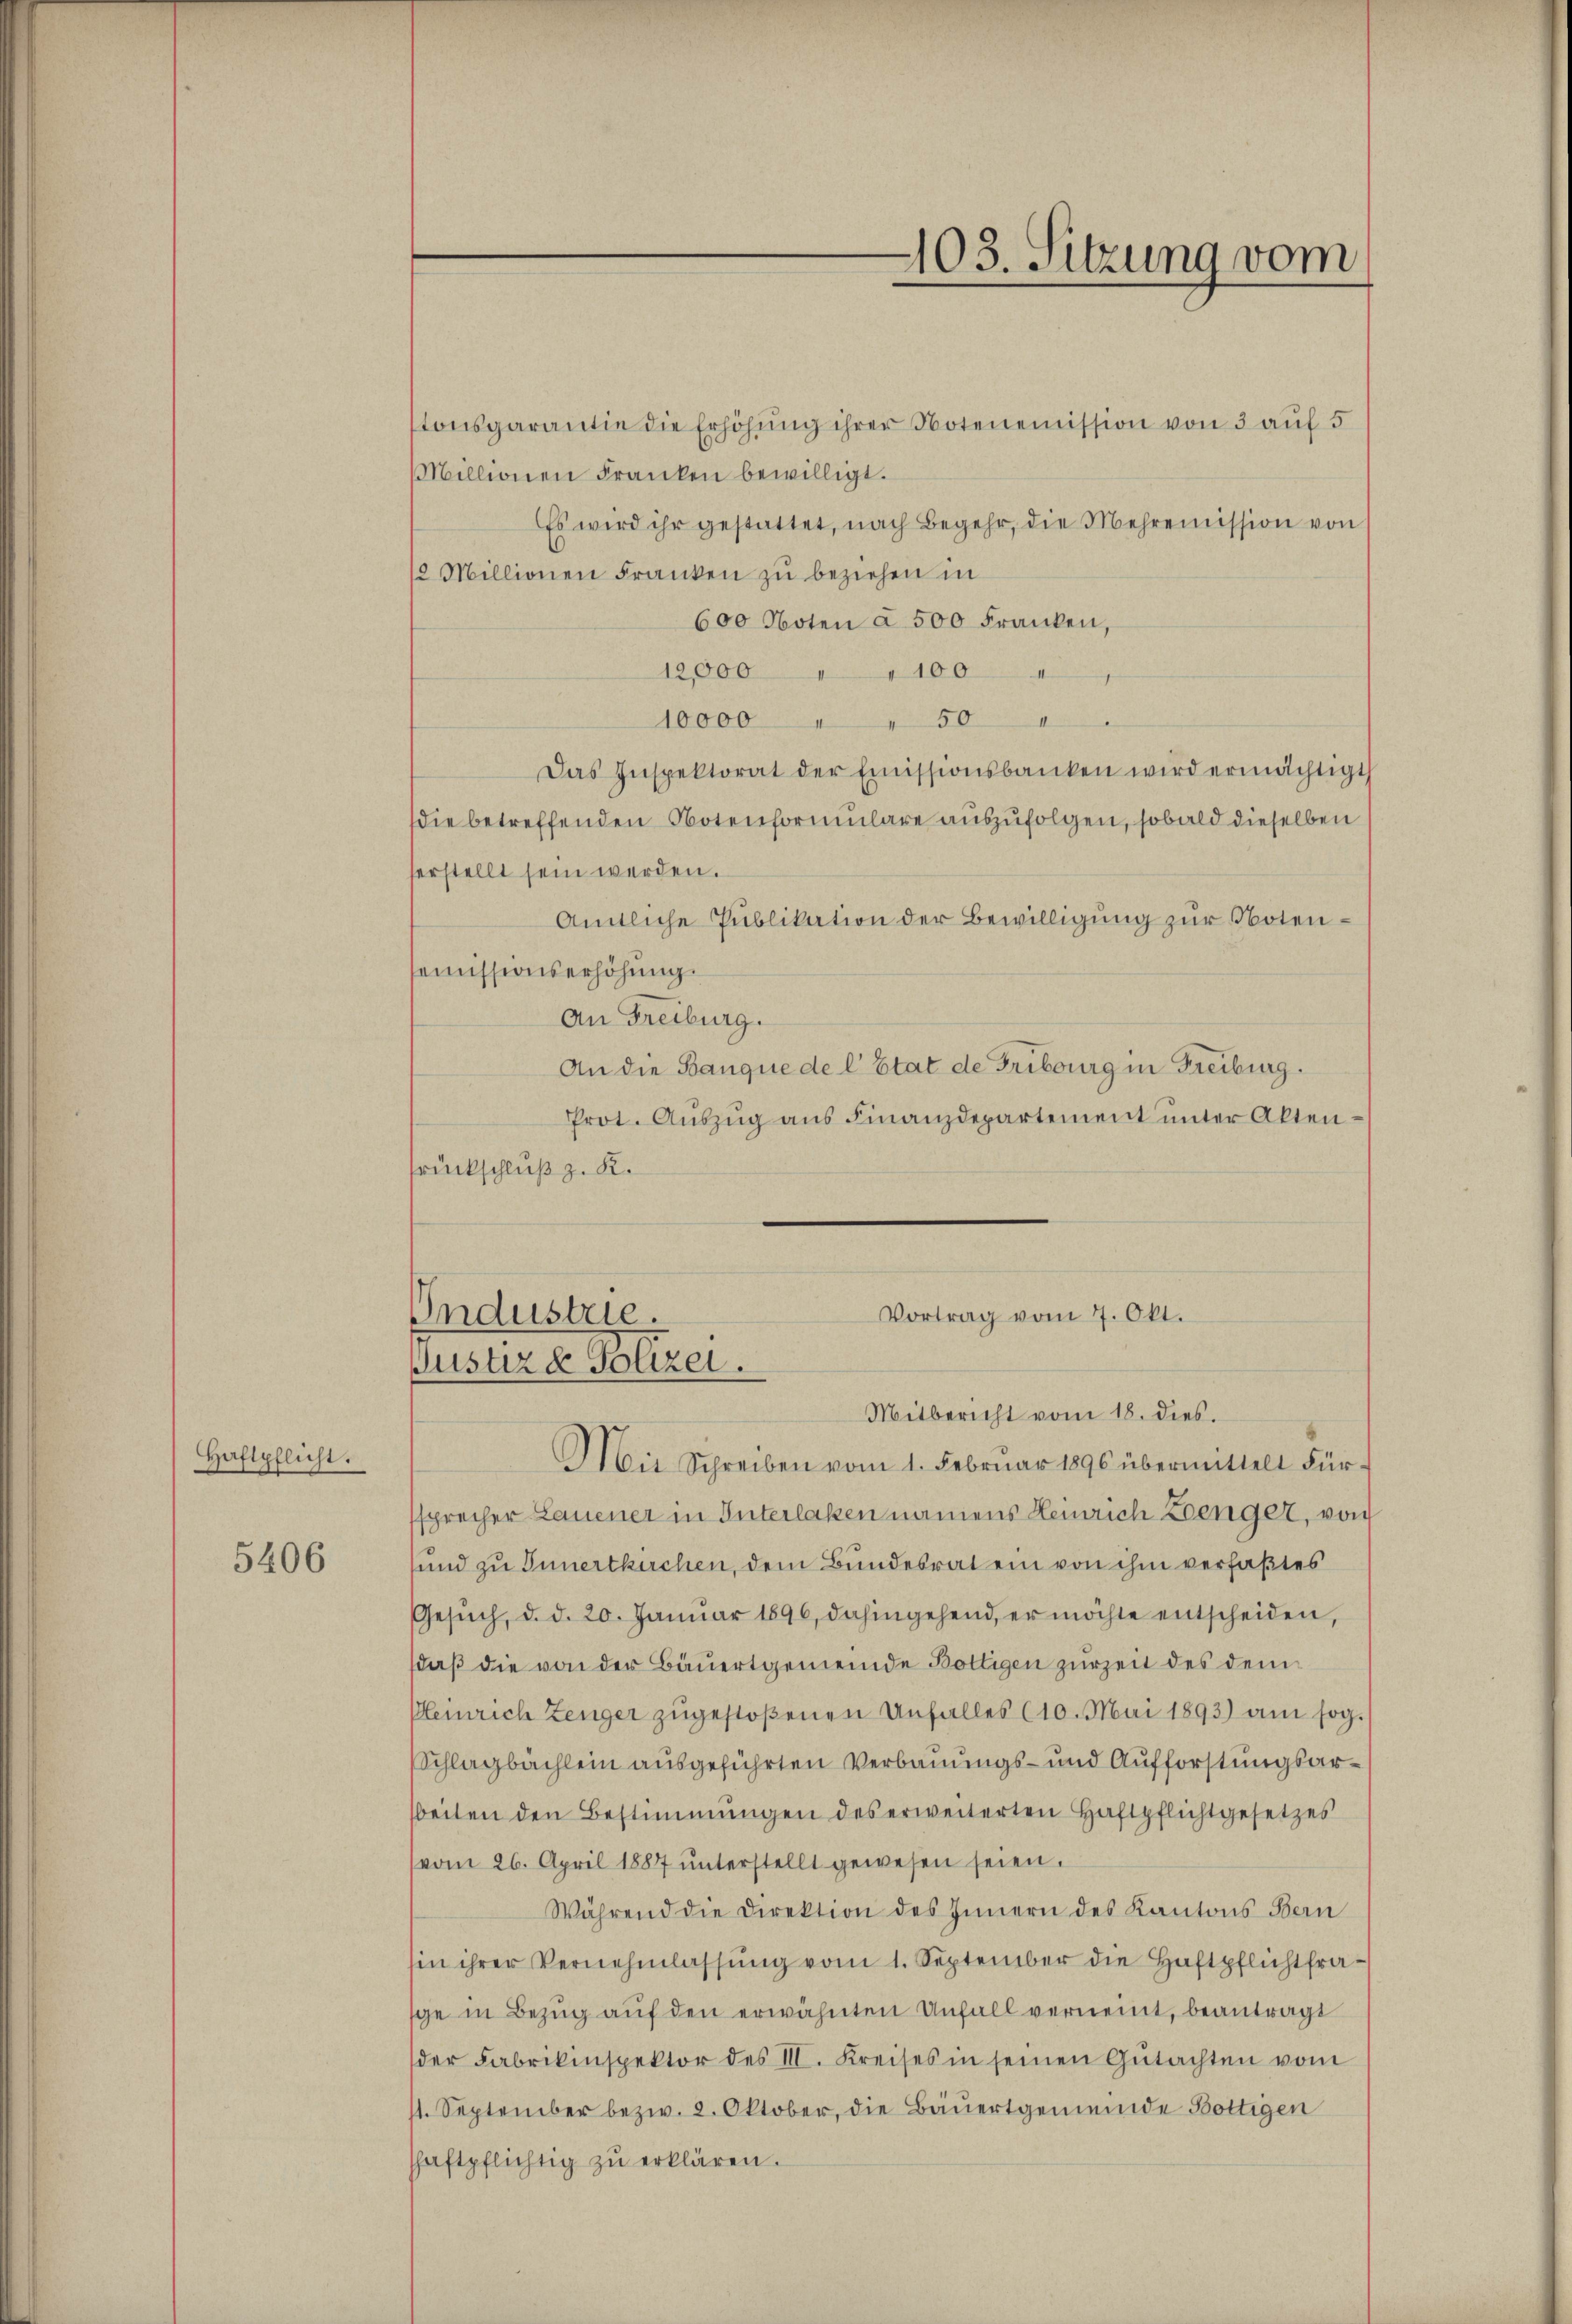
Haftpflicht.

5406

tonsgarantie die Erhöhung ihrer Notenemission von 3 auf 5
Millionen Franken bewilligt.
Es wird ihr gestattet, nach Begehr, die Mehreṁission von
2 Millionen Franken zu beziehen in
600 Noten a 500 Franken,
12,000 " " 100 "
10000 " " 50 "
Das Inspektorat der Emissionsbanken wird ermächtigt
die betreffenden Notenformulare auszufolgen, sobald dieselben
verstellt sein werden.
Amtliche Publikation der Bewilligung zur Notenemissionserhöhung.
An Freiburg.
An die Banque de l’Etat de Fribourg in Freiburg.
Prot. Auszug aus Finanzdepartement unter Aktenrückschluß z. K.

ssprecher Lauener in Interlaken namens Heinrich Lenger, von
sund zu Innertkirchen, dem Bundesrat ein von ihm verfaßtes
Gesŭch, d. d. 20. Janŭar 1896, dahingehend, er möchte entscheiden,
daß die von der Bäuertgemeinde Boltigen zurzeit des dem¬
Heinrich Zeuger zugestoßenen Unfalles (10. Mai 1893) am sog.
Schlagbächlein ausgeführten Verbauungs- und Aufforstungsarbeiten den Bestimmungen des erweiterten Haftpflichtgesetzes
(vom 26. April 1887 unterstellt gewesen seien.
Während die Direktion des Innern des Kantons Bern
sin ihrer Vernehmlassŭng vom 1. September die Haftpflichtfrasce in Bezug auf den erwähnten Unfall verneint, beantragt
der Fabrikinspektor des III. Kreises in seinen Gŭtachten vom
11. September bezw. 2. Oktober, die Bäuertgemeinde Bottigen
haftpflichtig zŭ erklären.

Vortrag vom 7. Okt.
Industrie.
Justiz & Polizei.
Mitbericht vom 18. dies.
Mit Schreiben vom 1. Februar 1896 übermittelt Für¬

103. Sitzung vom